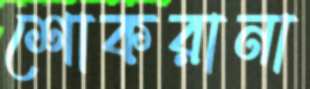
শোকরানা